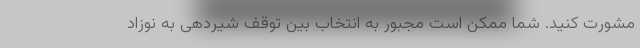
مشورت کنید. شما ممکن است مجبور به انتخاب بین توقف شیردهی به نوزاد